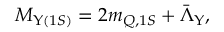
M _ { \Upsilon ( 1 S ) } = 2 m _ { Q , 1 S } + \bar { \Lambda } _ { \Upsilon } ,